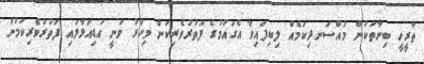
ތާރީހީ ބިނާތަކުން މުއްސަނދިކަމެއް ލިބިފައިވާ އެގައުމުގެ ފަތުރުވެރިކަން މިހާރު ވަނީ އަޑިއަޅާލައި ފަތުރުވެރިކަމުން